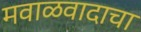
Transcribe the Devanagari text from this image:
मवाळवादाचा